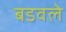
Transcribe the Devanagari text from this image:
बडवले